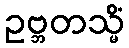
ဥဗ္ဘတသ္မိံ